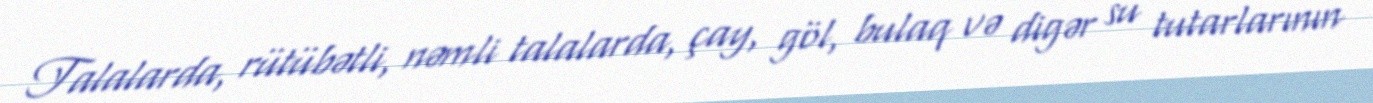
Talalarda, rütübətli, nəmli talalarda, çay, göl, bulaq və digər su tutarlarının